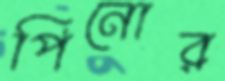
পিনোর